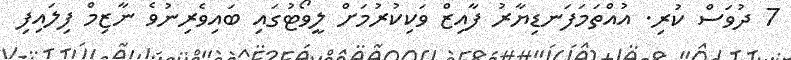
7 ދުވަސް ކުރި. އުއްތަމަފަނޑިޔާރު ފާއިޒް ވަކިކުރުމަށް ލީވޯޓުގައި ބައިވެރިނުވެ ނާޒިމް ފިލައިފި